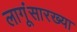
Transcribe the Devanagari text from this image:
लागूंसारख्या